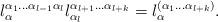
LaTeX: \begin{align*}l_{\alpha}^{\alpha_{1} \ldots \alpha_{l-1}\alpha_{l}}l_{\alpha_{l}}^{\alpha_{l+1} \ldots\alpha_{l+k}}=l_{\alpha}^{(\alpha_{1} \ldots \alpha_{l+k})}.\end{align*}